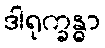
ဒါရုက္ခန္ဓာ